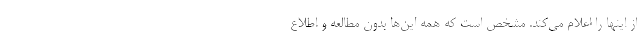
از اینها را اعلام می‌کند. مشخص است که همه این‌ها بدون مطالعه و اطلاع